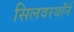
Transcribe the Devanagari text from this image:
सिलवरथॉर्न